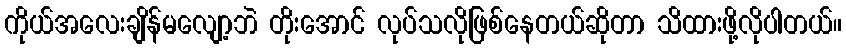
ကိုယ်အလေးချိန်မလျော့ဘဲ တိုးအောင် လုပ်သလိုဖြစ်နေတယ်ဆိုတာ သိထားဖို့လိုပါတယ်။